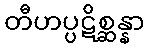
တီဟပ္ပဋိစ္ဆန္နာ